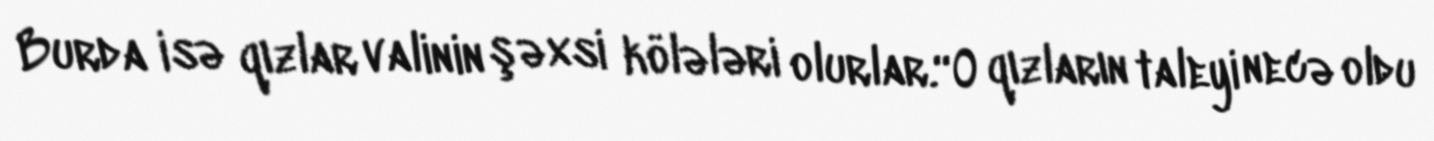
Burda isə qızlar valinin şəxsi kölələri olurlar.“O qızların taleyi necə oldu